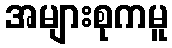
အများစုကမူ